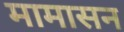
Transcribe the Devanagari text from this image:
मामासन